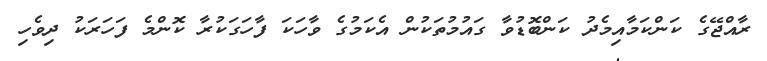
ރާއްޖޭގެ ކަންކަމާއިމެދު ކަންބޮޑުވާ ގައުމުތަކުން އެކަމުގެ ވާހަކަ ފާހަގަކުރާ ކޮންމެ ފަހަރަކު ދިވެހި